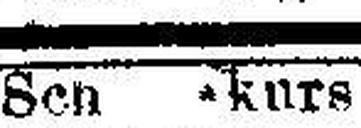
Schlusskurs